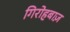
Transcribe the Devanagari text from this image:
गिरोहबाज़